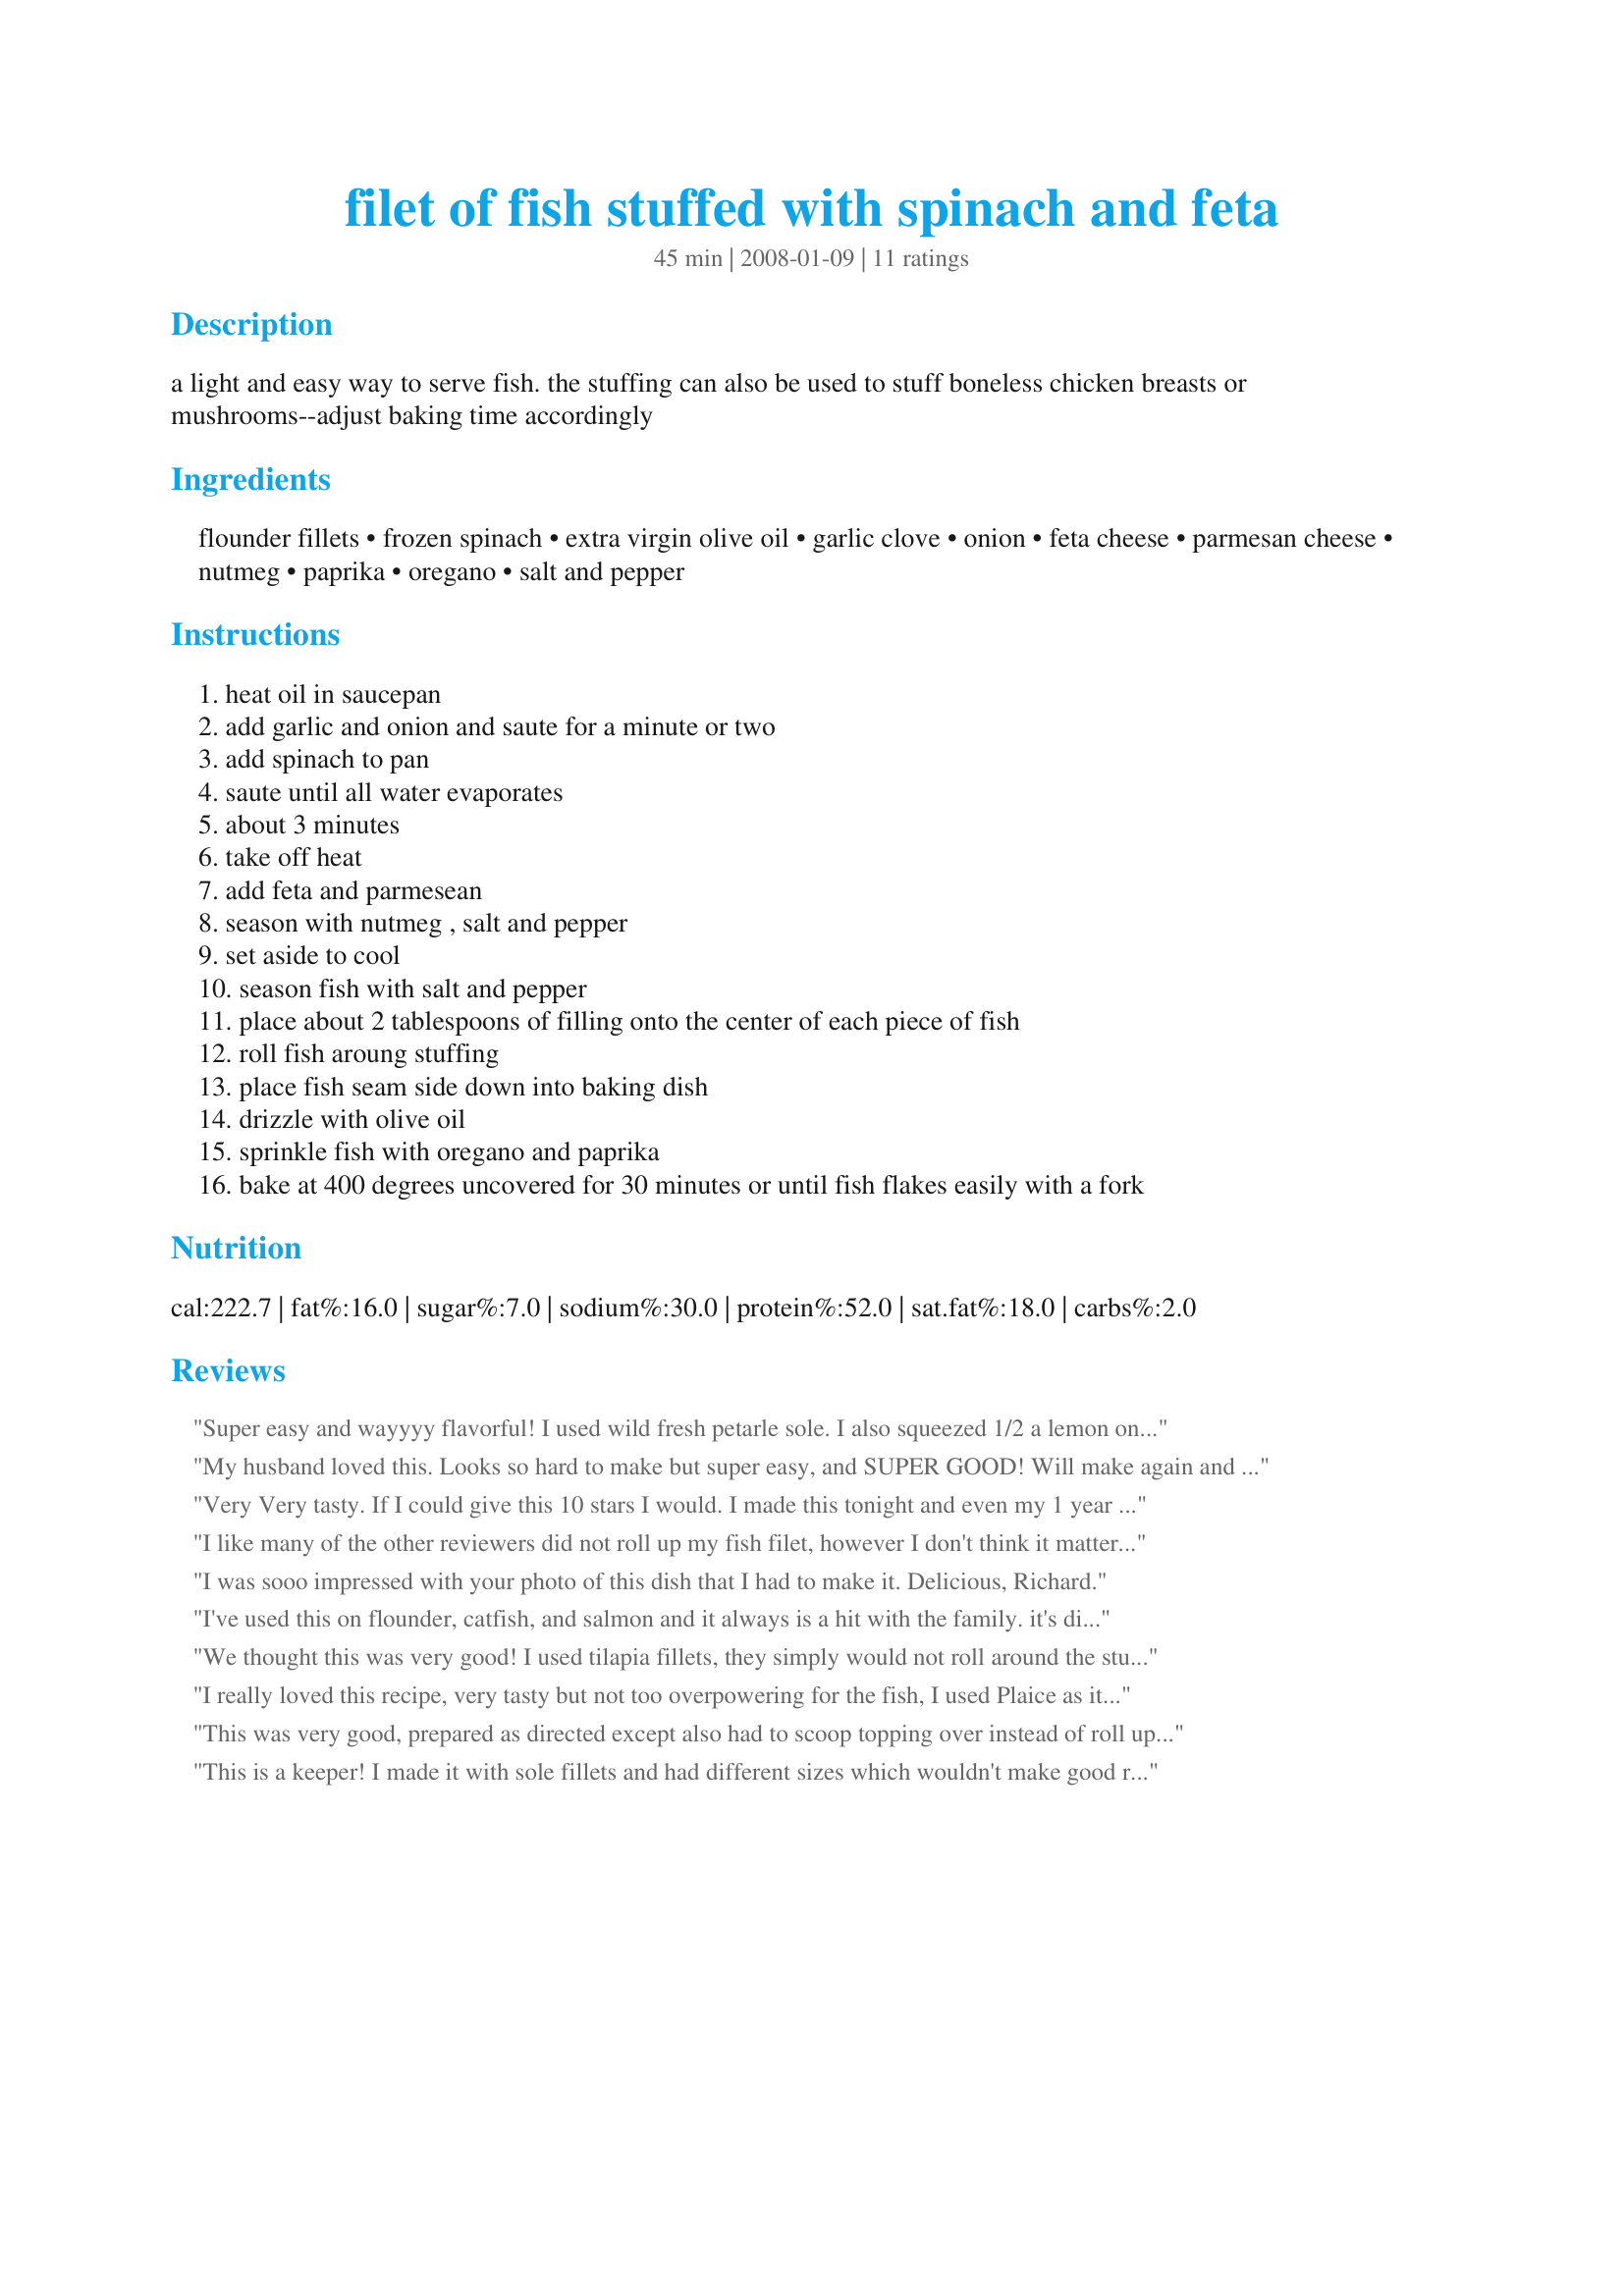
filet of fish stuffed with spinach and feta
Preparation time: 45 minutes

a light and easy way to serve fish. the stuffing can also be used to stuff boneless chicken breasts or mushrooms--adjust baking time accordingly

Ingredients:
flounder fillets, frozen spinach, extra virgin olive oil, garlic clove, onion, feta cheese, parmesan cheese, nutmeg, paprika, oregano, salt and pepper

Steps:
heat oil in saucepan
add garlic and onion and saute for a minute or two
add spinach to pan
saute until all water evaporates
about 3 minutes
take off heat
add feta and parmesean
season with nutmeg , salt and pepper
set aside to cool
season fish with salt and pepper
place about 2 tablespoons of filling onto the center of each piece of fish
roll fish aroung stuffing
place fish seam side down into baking dish
drizzle with olive oil
sprinkle fish with oregano and paprika
bake at 400 degrees uncovered for 30 minutes or until fish flakes easily with a fork

Reviews:
Super easy and wayyyy flavorful! I used wild fresh petarle sole. I also squeezed 1/2 a lemon on top, sliced the other half, put that on top w/ fresh chopped parsley. I wish I took a picture. Thanks for posting :O)
My husband loved this. Looks so hard to make but super easy, and SUPER GOOD! Will make again and again.
Very Very tasty. If I could give this 10 stars I would. I made this tonight and even my 1 year old son gobbled it up and loved it.
I used about 4 cloves of garlic instead of 1 since we love garlic. I used a little melted butter and some salt free Mediterranean blend seasoning on whiting fillets. The nutmeg adds a unique flavor to the spinach but it was quite good. Dh says this recipe is definitely a keeper so I will be making this again for sure.
I like many of the other reviewers did not roll up my fish filet, however I don't think it mattered as the fish was cooked perfectly, moist tender and flavorful. I used one tilapia filet and fresh baby spinach as it was just my DH and me. The combination of flavors was amazing! And it was thoroughly enjoyed!! Made for Help a Naked Recipe!
I was sooo impressed with your photo of this dish that I had to make it. Delicious, Richard.
I've used this on flounder, catfish, and salmon and it always is a hit with the family. it's diet friendly and re-heats well for lunch the next day.
We thought this was very good! I used tilapia fillets, they simply would not roll around the stuffing...so, I just spread the stuffing over the top and baked for 20 minutes. Really nice flavor...restaurant quality and easy too! I'll definitely will be making this often. P.S. - I made Blender Hollandaise to drizzle over the top...scrumptious!
I really loved this recipe, very tasty but not too overpowering for the fish, I used Plaice as it was freshest in the shop. Thank you for posting I will make this often.
This was very good, prepared as directed except also had to scoop topping over instead of roll up due to size of fillets. Husband and I will make again, but would add some lemon for acidity or red pepper flakes for heat. Thank you for posting

Miles closer to a cure: http://pages.teamintraining.org/va/rnrh10/lselby
This is a keeper! I made it with sole fillets and had different sizes which wouldn't make good rolls. So I put a layer of fillets down in a casserole dish, then the topping, then another layer of fillets. It was ready after 22 minutes in the oven. Everybody loved it, even my teens.
This is very yummy! I used Chicken and it worked so well!
